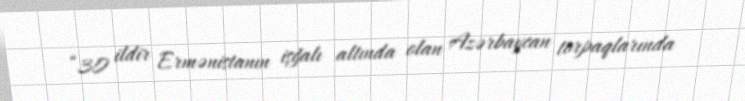
“30 ildir Ermənistanın işğalı altında olan Azərbaycan torpaqlarında